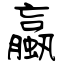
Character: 蠃